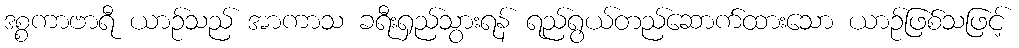
ဒစ္စကာဗာရီ ယာဉ်သည် အာကာသ ခရီးရှည်သွားရန် ရည်ရွယ်တည်ဆောက်ထားသော ယာဉ်ဖြစ်သဖြင့်